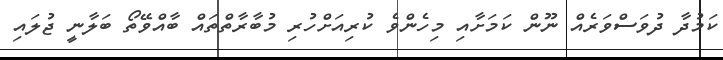
ކަމުދާ ދުވަސްވަރެއް ނޫން ކަމަށާއި މިހެންވެ ކުރިއަށްހުރި މުބާރާތްތައް ބާއްވޭތޯ ބަލާނީ ޖުލައި